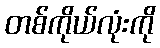
တစ်ကိုယ်လုံးကို